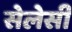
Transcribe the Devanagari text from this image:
सेलेसी